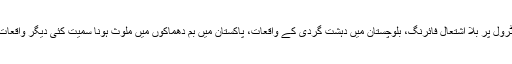
لائن آف کنٹرول پر بلا اشتعال فائرنگ، بلوچستان میں دہشت گردی کے واقعات، پاکستان میں بم دھماکوں میں ملوث ہونا سمیت کئی دیگر واقعات شامل ہیں۔